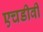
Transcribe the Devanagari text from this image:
एचडीवी